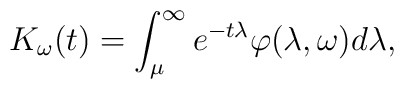
K_\omega(t)=\int_{\mu}^{\infty} e^{-t\lambda} \varphi(\lambda,\omega)d\lambda,